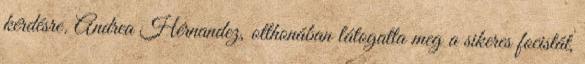
kérdésre. Andrea Hérnandez, otthonában látogatta meg a sikeres focistát,